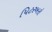
પિટરબરો